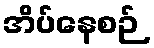
အိပ်နေစဉ်